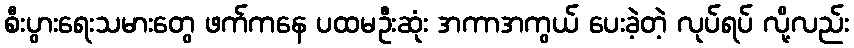
စီးပွားရေးသမားတွေ ဖက်ကနေ ပထမဦးဆုံး အကာအကွယ် ပေးခဲ့တဲ့ လုပ်ရပ် လို့လည်း